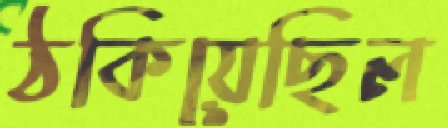
ঠকিয়েছিল